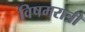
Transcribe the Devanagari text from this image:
विषमरात्री